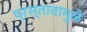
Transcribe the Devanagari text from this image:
प्रस्तावामुळे